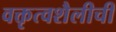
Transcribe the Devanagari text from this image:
वक्तृत्वशैलीची